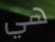
هي